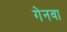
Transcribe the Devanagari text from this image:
गेनवा